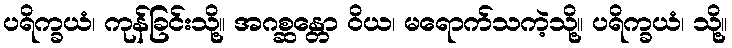
ပရိက္ခယံ၊ ကုန်ခြင်းသို့။ အဂစ္ဆန္တော ဝိယ၊ မရောက်သကဲ့သို့။ ပရိက္ခယံ၊ သို့။